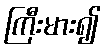
ကြီးမား၍